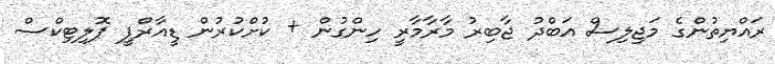
ރައްޔިތުންގެ މަޖިލިސް އަބްދު ޖާބިރު މާރާމާރީ ހިންގުން + ކުށްކުރުން ޑީއާރްޕީ ޕޮލިޓިކްސް